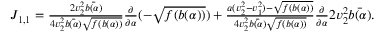
\begin{array} { r } { J _ { 1 , 1 } = \frac { 2 v _ { 2 } ^ { 2 } \bar { b ( \alpha ) } } { 4 v _ { 2 } ^ { 2 } \bar { b ( \alpha ) } \sqrt { f ( b ( \alpha ) ) } } \frac { \partial } { \partial \alpha } ( - \sqrt { f ( b ( \alpha ) ) } ) + \frac { a ( v _ { 2 } ^ { 2 } - v _ { 1 } ^ { 2 } ) - \sqrt { f ( b ( \alpha ) ) } } { 4 v _ { 2 } ^ { 2 } \bar { b ( \alpha ) } \sqrt { f ( b ( \alpha ) ) } } \frac { \partial } { \partial \alpha } 2 v _ { 2 } ^ { 2 } \bar { b ( \alpha ) } . } \end{array}